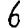
Digit: 6